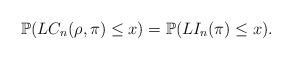
LaTeX: \begin{align*}\mathbb{P}(LC_n(\rho,\pi) \leq x)=\mathbb{P}(LI_n(\pi) \leq x).\end{align*}